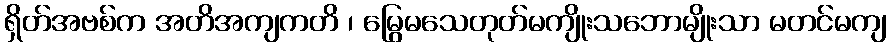
ရှိတ်အဗစ်က အတိအကျကတိ ၊ မြွေမသေတုတ်မကျိုးသဘောမျိုးသာ မတင်မကျ